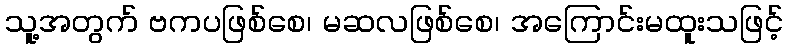
သူ့အတွက် ဗကပဖြစ်စေ၊ မဆလဖြစ်စေ၊ အကြောင်းမထူးသဖြင့်